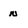
Character: n